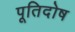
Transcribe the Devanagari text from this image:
पूतिदोष